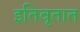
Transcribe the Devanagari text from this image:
इतिवृतात